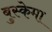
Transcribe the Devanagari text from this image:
बुस्केमा